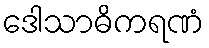
ဒေါသာဓိကရဏံ